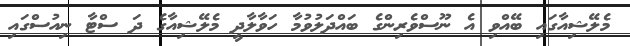
މެލޭޝިއާގައި ބޭއްވި އެ ނޫސްވެރިންގެ ބައްދަލުވުމާ ހަވާލާދީ މެލޭޝިއާގެ ދަ ސްޓާ ނިއުސްގައި